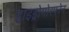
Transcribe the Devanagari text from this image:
हाइड्रोमोरफोन